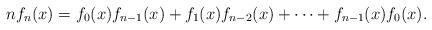
LaTeX: \begin{align*}nf_n(x)=f_0(x)f_{n-1}(x)+f_1(x)f_{n-2}(x)+\cdots+f_{n-1}(x)f_0(x).\end{align*}